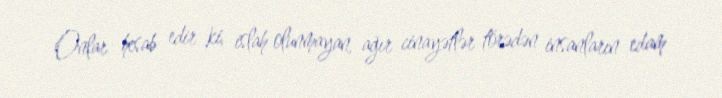
Onlar hesab edir ki, islah olunmayan, ağır cinayətlər törədən insanların edam